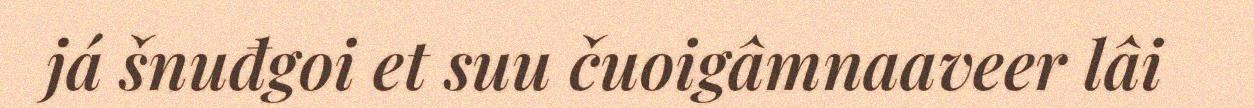
já šnuđgoi et suu čuoigâmnaaveer lâi